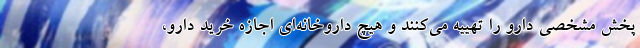
پخش مشخصی دارو را تهییه می‌کنند و هیچ داروخانه‌ای اجازه خرید دارو،